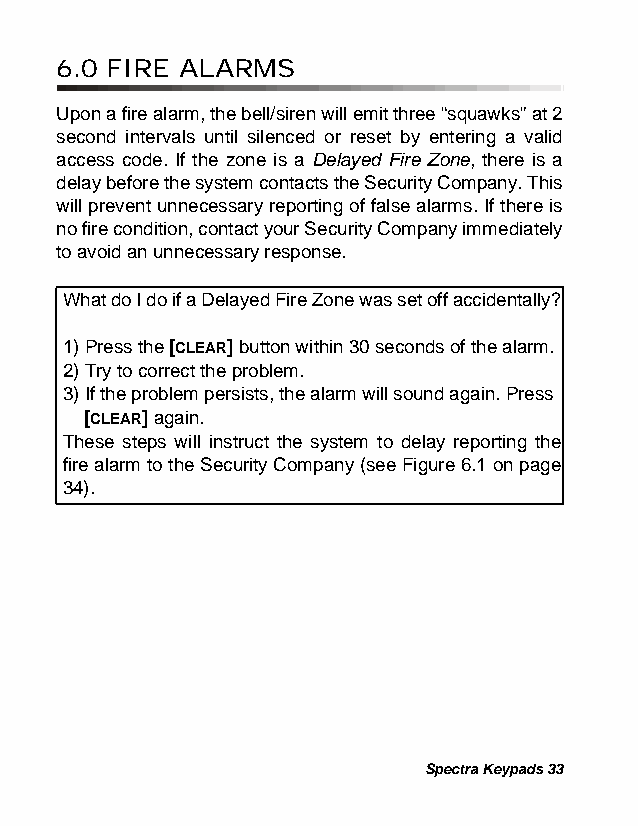
6.0 FIRE ALARMS
 Upon a fire alarm, the bell/siren will emit three “squawks” at 2
 second intervals until silenced or reset by entering a valid
 access code. If the zone is a Delayed Fire Zone, there is a
 delay before the system contacts the Security Company. This
 will prevent unnecessary reporting of false alarms. If there is
 no fire condition, contact your Security Company immediately
 to avoid an unnecessary response.
 What do I do if a Delayed Fire Zone was set off accidentally?
 1) Press the [CLEAR] button within 30 seconds of the alarm.
 2) Try to correct the problem.
 3) If the problem persists, the alarm will sound again. Press
 [CLEAR] again.
 These steps will instruct the system to delay reporting the
 fire alarm to the Security Company (see Figure 6.1 on page
 34).
 Spectra Keypads 33